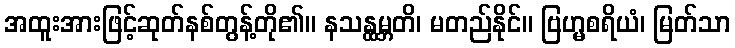
အထူးအားဖြင့်ဆုတ်နစ်တွန့်တို၏။ နသန္ထမ္ဘတိ၊ မတည်နိုင်။ ဗြဟ္မစရိယံ၊ မြတ်သာ